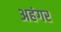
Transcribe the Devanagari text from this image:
अहंगर